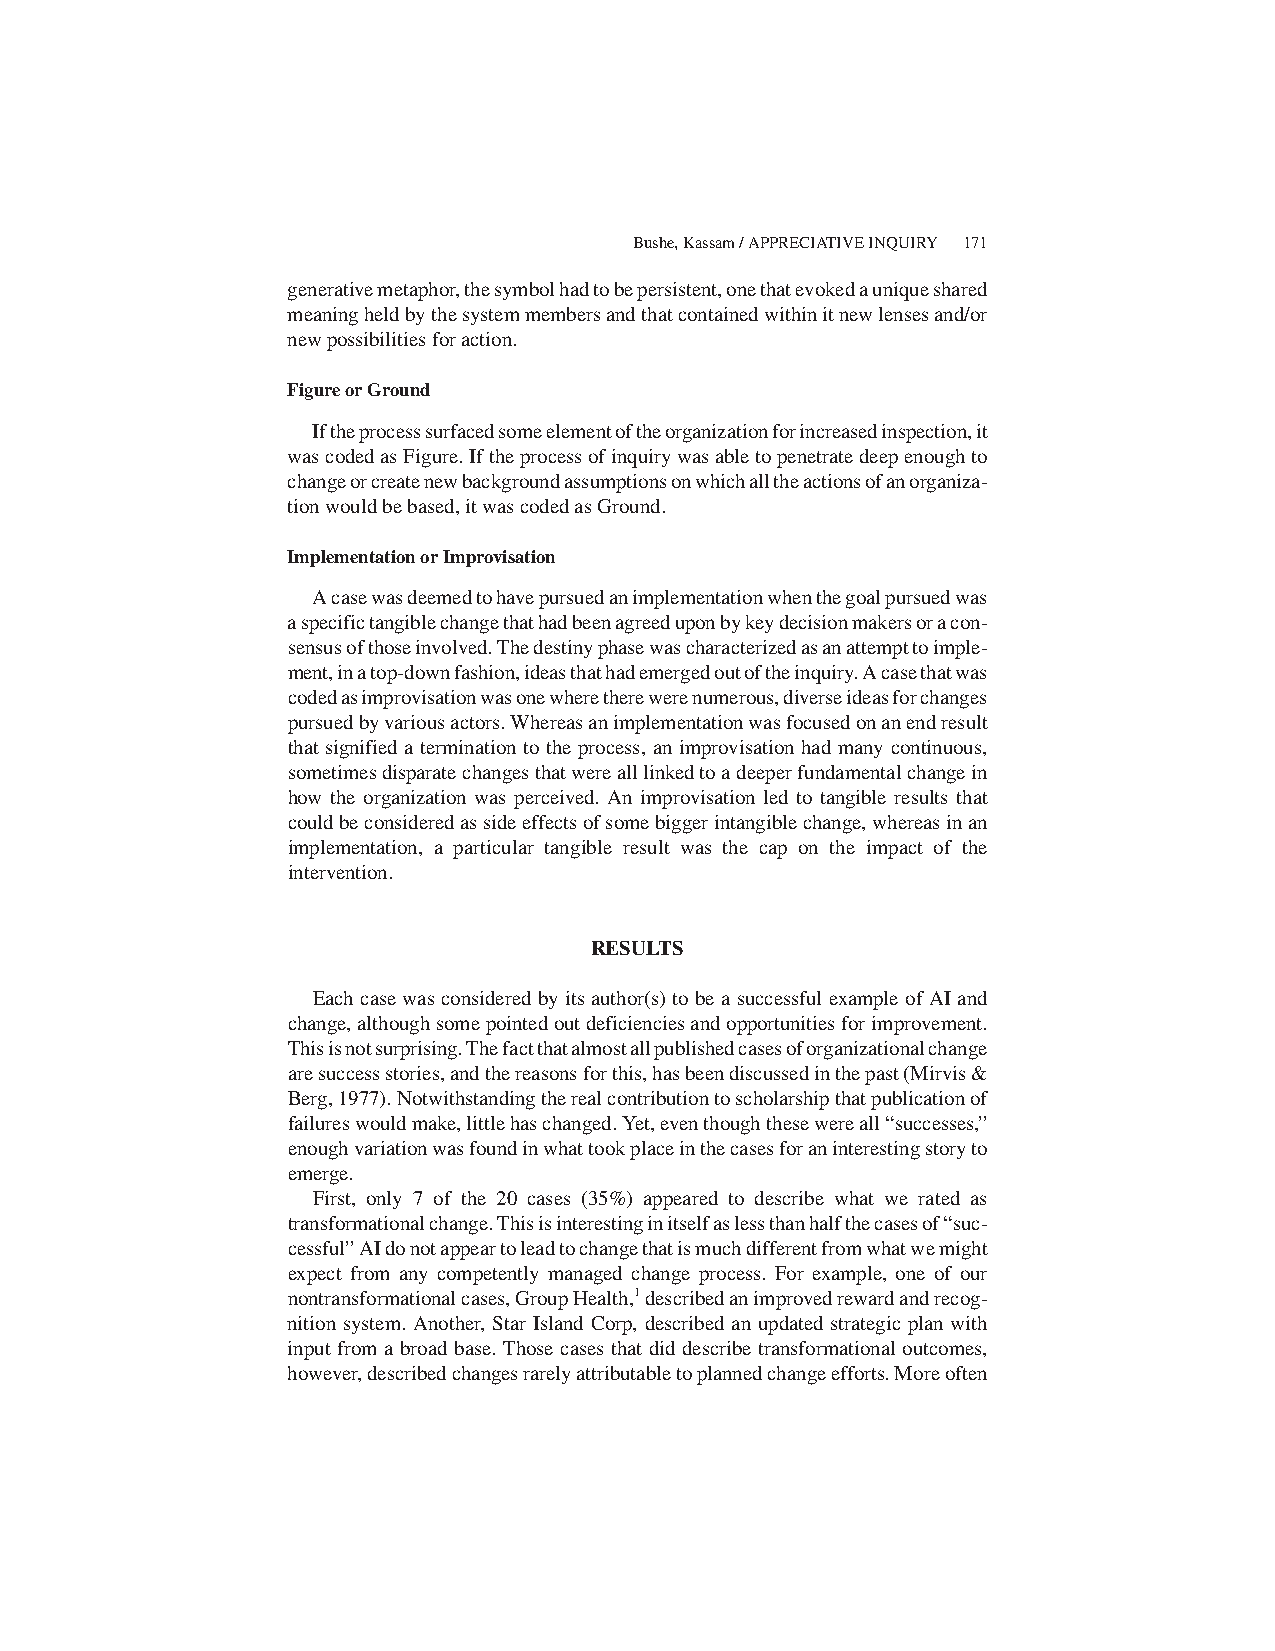
Bushe, Kassam / APPRECIATIVE INQUIRY 171
 generativemetaphor,thesymbolhadtobepersistent,onethatevokedauniqueshared
 meaningheldbythesystemmembersandthatcontainedwithinitnewlensesand/or
 new possibilities for action.
 Figure or Ground
 Iftheprocesssurfacedsomeelementoftheorganizationforincreasedinspection,it
 wascodedasFigure.Iftheprocessofinquirywasabletopenetratedeepenoughto
 changeorcreatenewbackgroundassumptionsonwhichalltheactionsofanorganiza-
 tion would be based, it was coded as Ground.
 Implementation or Improvisation
 Acasewasdeemedtohavepursuedanimplementationwhenthegoalpursuedwas
 aspecifictangiblechangethathadbeenagreeduponbykeydecisionmakersoracon-
 sensusofthoseinvolved.Thedestinyphasewascharacterizedasanattempttoimple-
 ment,inatop-downfashion,ideasthathademergedoutoftheinquiry.Acasethatwas
 codedasimprovisationwasonewheretherewerenumerous,diverseideasforchanges
 pursuedbyvariousactors.Whereasanimplementationwasfocusedonanendresult
 that signified a termination to the process, an improvisation had many continuous,
 sometimesdisparatechangesthatwerealllinkedtoadeeperfundamentalchangein
 how the organization was perceived. An improvisation led to tangible results that
 couldbeconsideredassideeffectsofsomebiggerintangiblechange,whereasinan
 implementation, a particular tangible result was the cap on the impact of the
 intervention.
 RESULTS
 Each casewas considered by itsauthor(s) to be a successful example of AI and
 change,althoughsomepointedoutdeficienciesandopportunitiesforimprovement.
 Thisisnotsurprising.Thefactthatalmostallpublishedcasesoforganizationalchange
 aresuccessstories,andthereasonsforthis,hasbeendiscussedinthepast(Mirvis&
 Berg,1977).Notwithstandingtherealcontributiontoscholarshipthatpublicationof
 failureswouldmake,littlehaschanged.Yet,eventhoughthesewereall“successes,”
 enoughvariationwasfoundinwhattookplaceinthecasesforaninterestingstoryto
 emerge.
 First, only 7 of the 20 cases (35%) appeared to describe what we rated as
 transformationalchange.Thisisinterestinginitselfaslessthanhalfthecasesof“suc-
 cessful”AIdonotappeartoleadtochangethatismuchdifferentfromwhatwemight
 expect from any competently managed change process. For example, one of our
 nontransformationalcases,GroupHealth,1describedanimprovedrewardandrecog-
 nition system. Another, Star Island Corp, described an updated strategic plan with
 input from a broad base. Those cases that did describe transformational outcomes,
 however,describedchangesrarelyattributabletoplannedchangeefforts.Moreoften